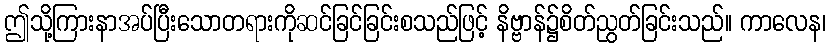
ဤသို့ကြားနာအပ်ပြီးသောတရားကိုဆင်ခြင်ခြင်းစသည်ဖြင့် နိဗ္ဗာန်၌စိတ်ညွတ်ခြင်းသည်။ ကာလေန၊